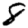
Digit: 8